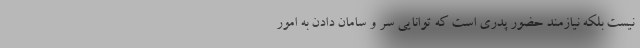
نیست بلکه نیازمند حضور پدری است که توانایی سر و سامان دادن به امور